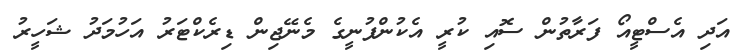
އަދި އެސްޓީއޯ ފަރާތުން ސޮއި ކުރީ އެކުންފުނީގެ މެނޭޖިން ޑިރެކްޓަރު އަހުމަދު ޝަހީރު